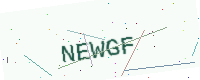
Text: NEWGF